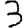
Digit: 3